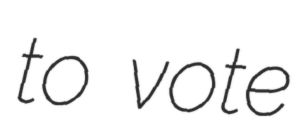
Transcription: to vote